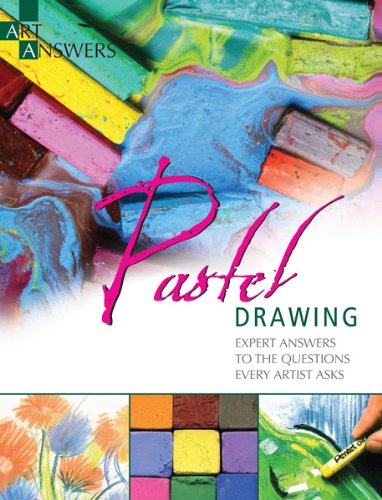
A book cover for Pastel Drawing: Expert Answers to Questions Every Artist Asks (Art Answers); Barbara Benedetti Newton; Arts & Photography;